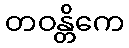
တဝန္တိကေ